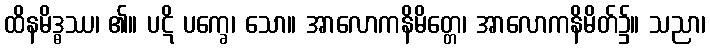
ထိနမိဒ္ဓဿ၊ ၏။ ပဋိ ပက္ခေ၊ သော။ အာလောကနိမိတ္တေ၊ အာလောကနိမိတ်၌။ သညာ၊